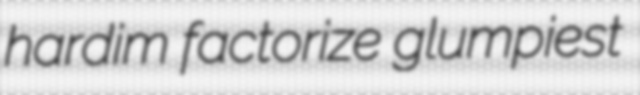
hardim factorize glumpiest